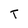
Character: T